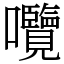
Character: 囕